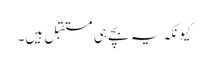
کیونکہ یہ بچے ہی مستقبل ہیں۔